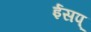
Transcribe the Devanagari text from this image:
ईसप्